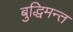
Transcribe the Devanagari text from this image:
बुद्धिमन्त